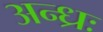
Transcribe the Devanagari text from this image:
अन्ध्रः